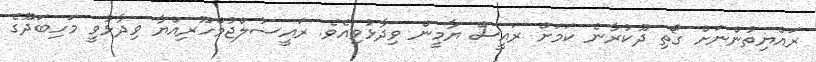
ރައްޔިތުންނަށް ގޯތި ދޫކުރާނެ ކަމަށް ރައީސް ޔާމީން ވިދާޅުވިއެވެ. ރައީސުލްޖުމްހޫރިއްޔާ ވިދާޅުވީ މަހިބަދޫގެ